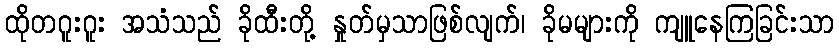
ထိုတဂူးဂူး အသံသည် ခိုထီးတို့ နှုတ်မှသာဖြစ်လျက်၊ ခိုမများကို ကျူနေကြခြင်းသာ